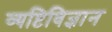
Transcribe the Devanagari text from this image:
व्यष्टिविज्ञान